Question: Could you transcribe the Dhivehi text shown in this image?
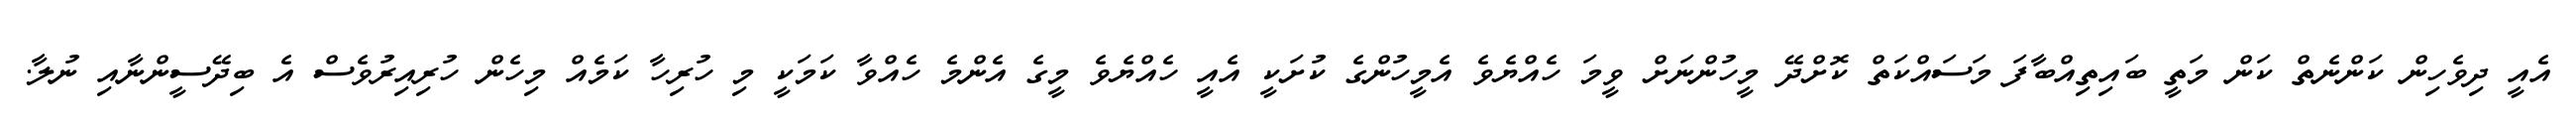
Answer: އެއީ ދިވެހިން ކަންނެތް ކަން މަތީ ބައިތިއްބާފަ މަސައްކަތް ކޮށްދޭ މީހުންނަށް ވީމަ ހެއްޔެވެ އެމީހުންގެ ކުށަކީ އެއީ ހެއްޔެވެ މީގެ އެންމެ ހެއްވާ ކަމަކީ މި ހުރިހާ ކަމެއް މިހެން ހުރިއިރުވެސް އެ ބިދޭސީންނާއި ނުލާ.